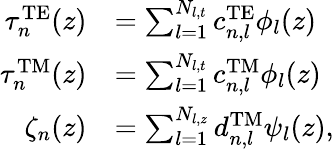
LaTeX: \begin{array}{rl}{\tau_{n}^{\mathrm{TE}}(z)}&{=\sum_{l=1}^{N_{l,t}}c_{n,l}^{\mathrm{TE}}\phi_{l}(z)}\\ {\tau_{n}^{\mathrm{TM}}(z)}&{=\sum_{l=1}^{N_{l,t}}c_{n,l}^{\mathrm{TM}}\phi_{l}(z)}\\ {\zeta_{n}(z)}&{=\sum_{l=1}^{N_{l,z}}d_{n,l}^{\mathrm{TM}}\psi_{l}(z),}\end{array}